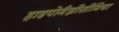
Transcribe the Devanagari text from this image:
हाइपोमैग्नीसीमिया